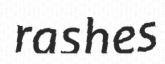
rashes